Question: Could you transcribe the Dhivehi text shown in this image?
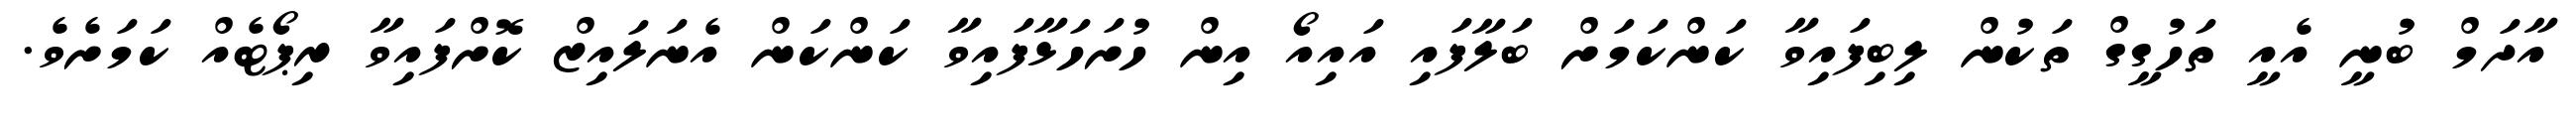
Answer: އާދަމް ބުނީ އެއީ ތަހުގީގް ތަކުން ލިބިފައިވާ ކަންކަމަށް ބަލާފައި އައިއޯ އިން ހުށަހަޅާފައިވާ ކަންކަން އެނަލައިޒް ކޮށްފައިވާ ރިޕޯޓެއް ކަމަށެވެ.